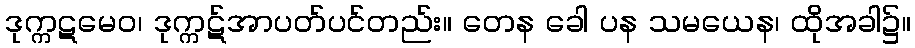
ဒုက္ကဋမေဝ၊ ဒုက္ကဋ်အာပတ်ပင်တည်း။ တေန ခေါ ပန သမယေန၊ ထိုအခါ၌။